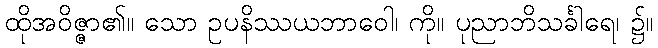
ထိုအဝိဇ္ဇာ၏။ သော ဥပနိဿယဘာဝေါ၊ ကို။ ပုညာဘိသင်္ခါရေ၊ ၌။